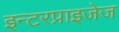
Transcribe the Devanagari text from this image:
इन्टरप्राइजेज